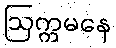
ဩက္ကမနေ